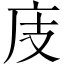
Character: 庋